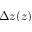
\Delta z ( z )